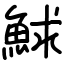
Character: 鯄